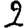
Digit: 2